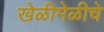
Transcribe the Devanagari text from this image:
खेळीमेळीचे